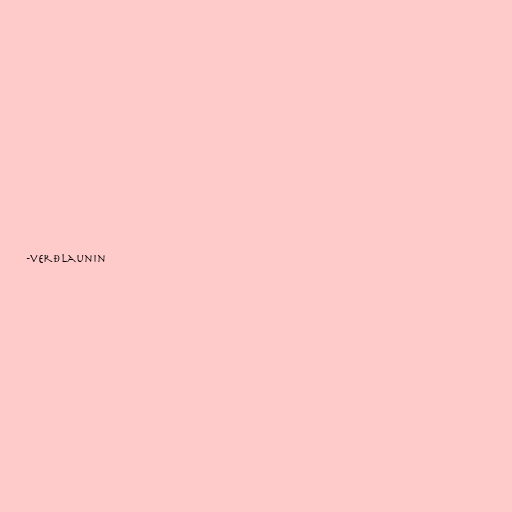
-verðlaunin